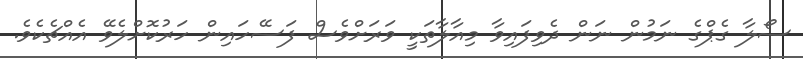
ސޯލާ ގެޕްގެ ނަމުން ނަން ދެވިފައިވާ މިއާލާތަކީ ވަރަށްވެސް ފަސޭހައިން ހަރުކޮށްލެވޭ އެއްޗެކެވެ.